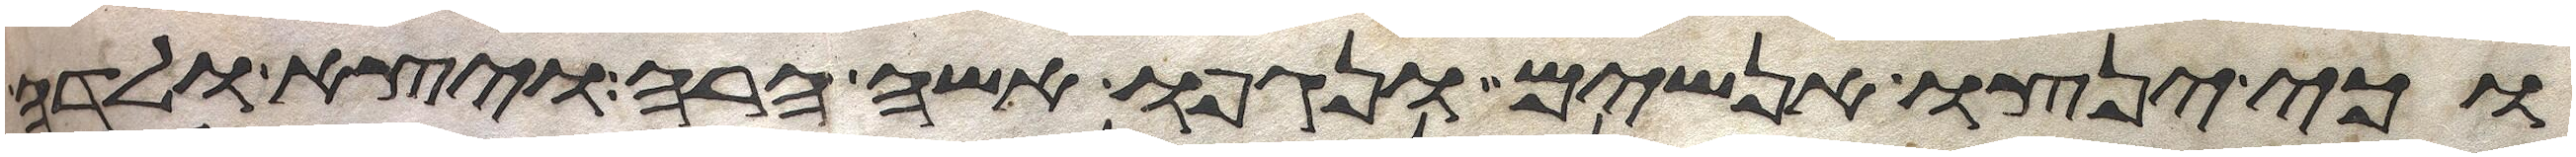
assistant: וכי ינצו אנשים ונגפו אשה הרה ויצא ולדה